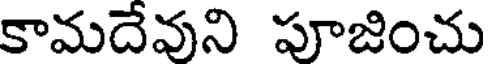
కామదేవుని పూజించు